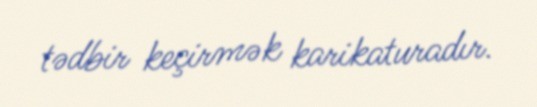
tədbir keçirmək karikaturadır.